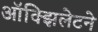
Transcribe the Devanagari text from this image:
ऑक्झिलेटने